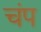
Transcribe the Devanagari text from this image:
चंप